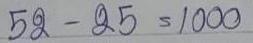
52 - 25 = 1000